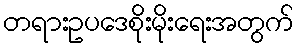
တရားဥပဒေစိုးမိုးရေးအတွက်